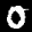
Label: 0